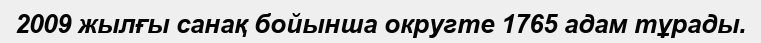
2009 жылғы санақ бойынша округте 1765 адам тұрады.